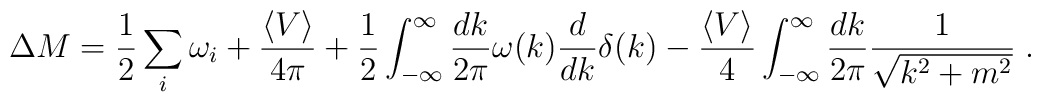
\Delta M=\frac{1}{2}\sum_i\omega_i+\frac{\left<V\right>}{4\pi}+\frac{1}{2}\int_{-\infty}^{\infty}\frac{dk}{2\pi}\omega(k)\frac{d}{dk}\delta(k)-\frac{\left<V\right >}{4}\int_{-\infty}^\infty\frac{dk}{2\pi}\frac{1}{\sqrt{k^2+m^2}}\;.